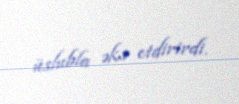
üslubla əks etdirirdi.